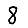
Digit: 8